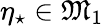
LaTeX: \eta_{\star}\in\mathfrak{M}_{1}